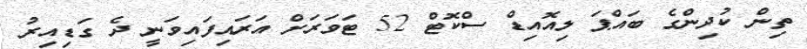
ތިން ކުދިންގެ ބައްޕަ ލިއޮއިޑް ސްކޮޓް 52 ޓަވަރަށް އަރައިފައިވަނީ ދެ ގަޑިއިރު